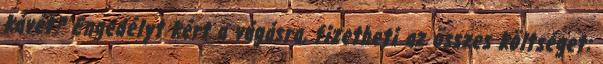
kávét? Engedélyt kért a vágásra, fizetheti az összes költséget: